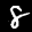
Label: 8